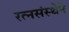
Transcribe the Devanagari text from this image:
रत्नसंस्थेने